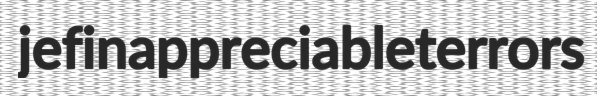
jef inappreciable terrors